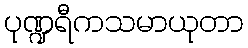
ပုဏ္ဍရီကသမာယုတာ